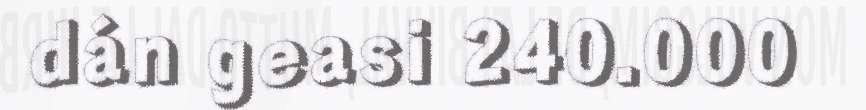
dán geasi 240.000